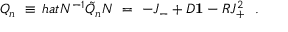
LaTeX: Q _ { n } \ \equiv \, h a t { N } ^ { - 1 } \tilde { Q } _ { n } N \ = \ - J _ { - } + D { \bf 1 } - { \cal R } J _ { + } ^ { 2 } \ \ .